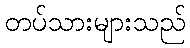
တပ်သားများသည်